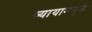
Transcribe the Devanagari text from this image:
व्यायाममुळे